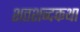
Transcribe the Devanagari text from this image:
शतशब्दकथा